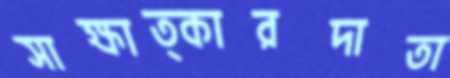
সাক্ষাত্কারদাতা